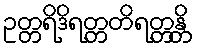
ဥတ္တရိဒိရတ္တတိရတ္တန္တိ